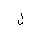
Letter: _lam